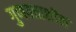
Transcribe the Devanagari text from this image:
गुणवत्ताशील